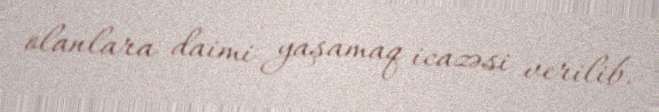
olanlara daimi yaşamaq icazəsi verilib.